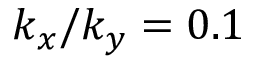
k _ { x } / k _ { y } = 0 . 1